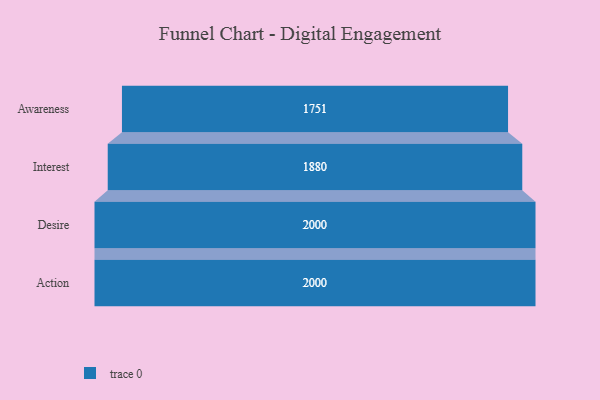
{"axis": {"x": "Stage", "y": "Value"}, "legend": [""], "data": [{"x": "Awareness", "y": 1751.0, "type": ""}, {"x": "Interest", "y": 1880.0, "type": ""}, {"x": "Desire", "y": 2000, "type": ""}, {"x": "Action", "y": 2000, "type": ""}]}